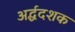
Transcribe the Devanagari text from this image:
अर्द्धदशक